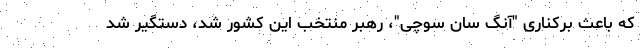
که باعث برکناری "آنگ سان سوچی"، رهبر منتخب این کشور شد، دستگیر شد